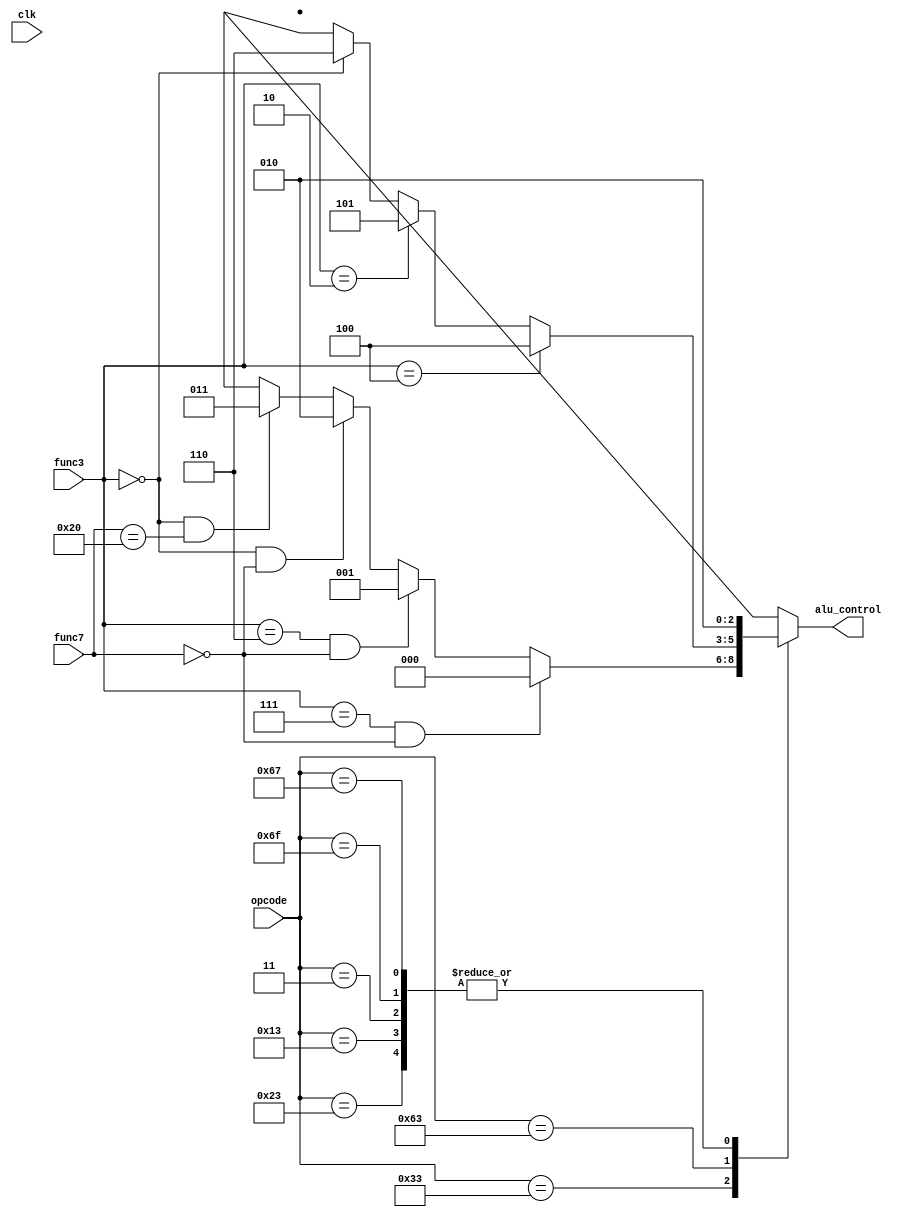
`timescale 1ns / 1ps
//alu-control - ALU control: define type of ALU operation using func3,func7,opcode

module alu_control (clk,func3,func7,opcode,alu_control);
input clk;
input [2:0] func3;
input [6:0] func7;
input [6:0] opcode;
output reg [2:0] alu_control;

parameter r_type = 7'b0110011;//add,sub,and,or
parameter s_type = 7'b0100011;//sw,sb
parameter i_type = 7'b0010011;//addi
parameter l_type = 7'b0000011;//lw,lb
parameter b_type = 7'b1100011;//beq,bge,blt
parameter jal    = 7'b1101111;//jal
parameter jalr   = 7'b1100111;//jalr

always @(*) begin
    //Default value for debug
    alu_control=3'bx;
    
    case(opcode)
    r_type:
    begin
        if(func3==3'b111 && func7==7'b0)//And
            alu_control = 3'b000;
        else if(func3==3'b110 && func7==7'b0)//or
            alu_control = 3'b001;
        else if(func3==3'b0 && func7==7'b0)//Add
            alu_control = 3'b010;
        else if(func3==3'b0 && func7==7'b0100000)//Sub
            alu_control = 3'b011;
    end
    s_type:alu_control = 3'b010;
    i_type:alu_control = 3'b010;
    l_type:alu_control = 3'b010;
    b_type:
    begin
        if(func3==3'b100)//blt
            alu_control = 3'b100;

        else if(func3==3'b010)//bge
            alu_control = 3'b101;
            
        else if(func3==3'b000)//beq
            alu_control = 3'b110;

    end
    jal:alu_control = 3'b010;
    jalr:alu_control = 3'b010;
    endcase
end
endmodule